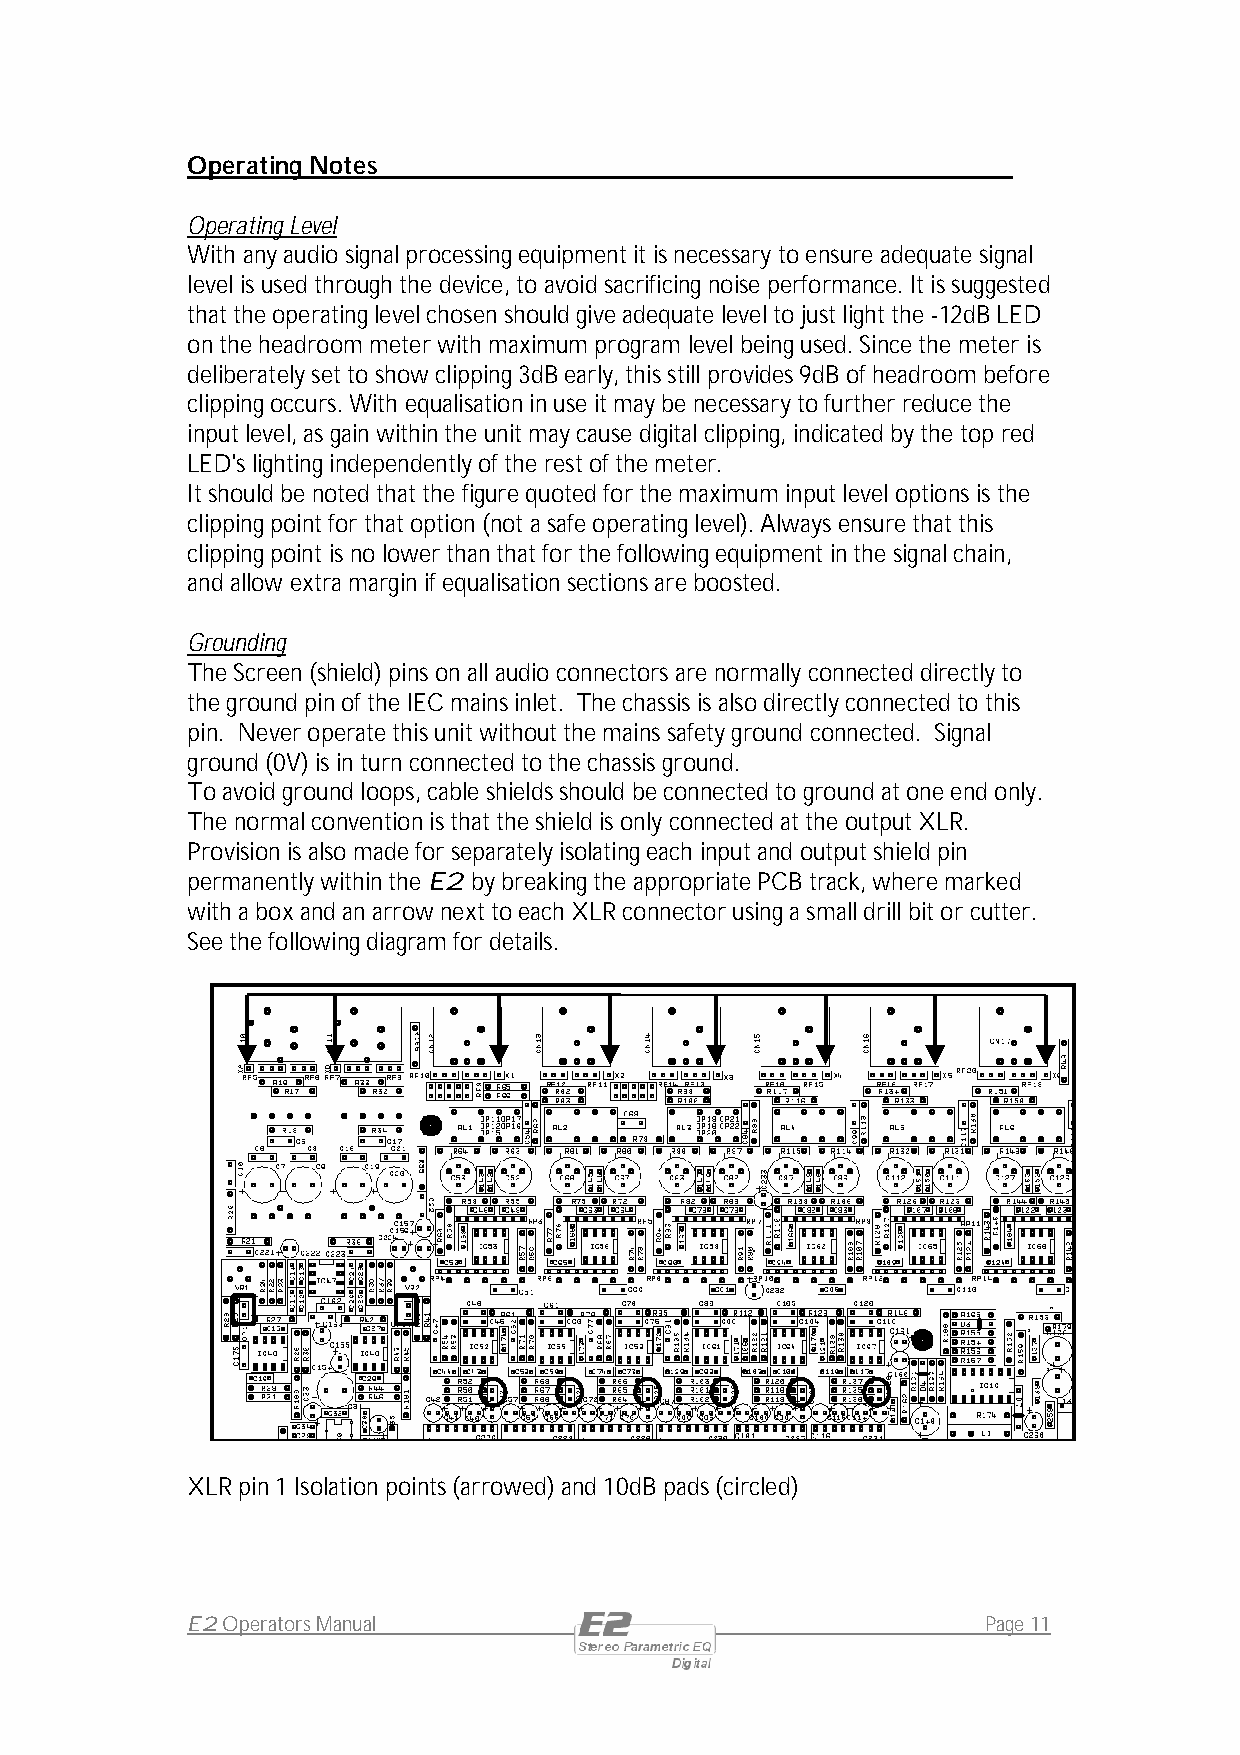
Operating Notes
 Operating Level
 With any audio signal processing equipment it is necessary to ensure adequate signal
 level is used through the device, to avoid sacrificing noise performance. It is suggested
 that the operating level chosen should give adequate level to just light the -12dB LED
 on the headroom meter with maximum program level being used. Since the meter is
 deliberately set to show clipping 3dB early, this still provides 9dB of headroom before
 clipping occurs. With equalisation in use it may be necessary to further reduce the
 input level, as gain within the unit may cause digital clipping, indicated by the top red
 LED's lighting independently of the rest of the meter.
 It should be noted that the figure quoted for the maximum input level options is the
 clipping point for that option (not a safe operating level). Always ensure that this
 clipping point is no lower than that for the following equipment in the signal chain,
 and allow extra margin if equalisation sections are boosted.
 Grounding
 The Screen (shield) pins on all audio connectors are normally connected directly to
 the ground pin of the IEC mains inlet. The chassis is also directly connected to this
 pin. Never operate this unit without the mains safety ground connected. Signal
 ground (0V) is in turn connected to the chassis ground.
 To avoid ground loops, cable shields should be connected to ground at one end only.
 The normal convention is that the shield is only connected at the output XLR.
 Provision is also made for separately isolating each input and output shield pin
 permanently within the E2 by breaking the appropriate PCB track, where marked
 with a box and an arrow next to each XLR connector using a small drill bit or cutter.
 See the following diagram for details.
 XLR pin 1 Isolation points (arrowed) and 10dB pads (circled)
 E2 Operators Manual                                  Page 11